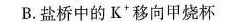
B.盐桥中的K^{+}移向甲烧杯